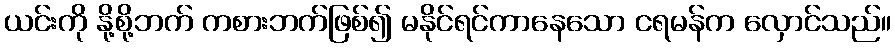
ယင်းကို နို့စို့ဘက် ကစားဘက်ဖြစ်၍ မနိုင်ရင်ကာနေသော ငရမန်က လှောင်သည်။